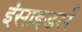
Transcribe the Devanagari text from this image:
इंसाइडर्स